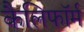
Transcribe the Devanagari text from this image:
कैलिफॉर्म